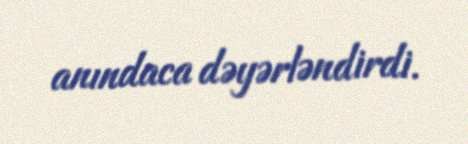
anındaca dəyərləndirdi.